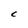
Character: C